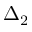
\Delta _ { 2 }